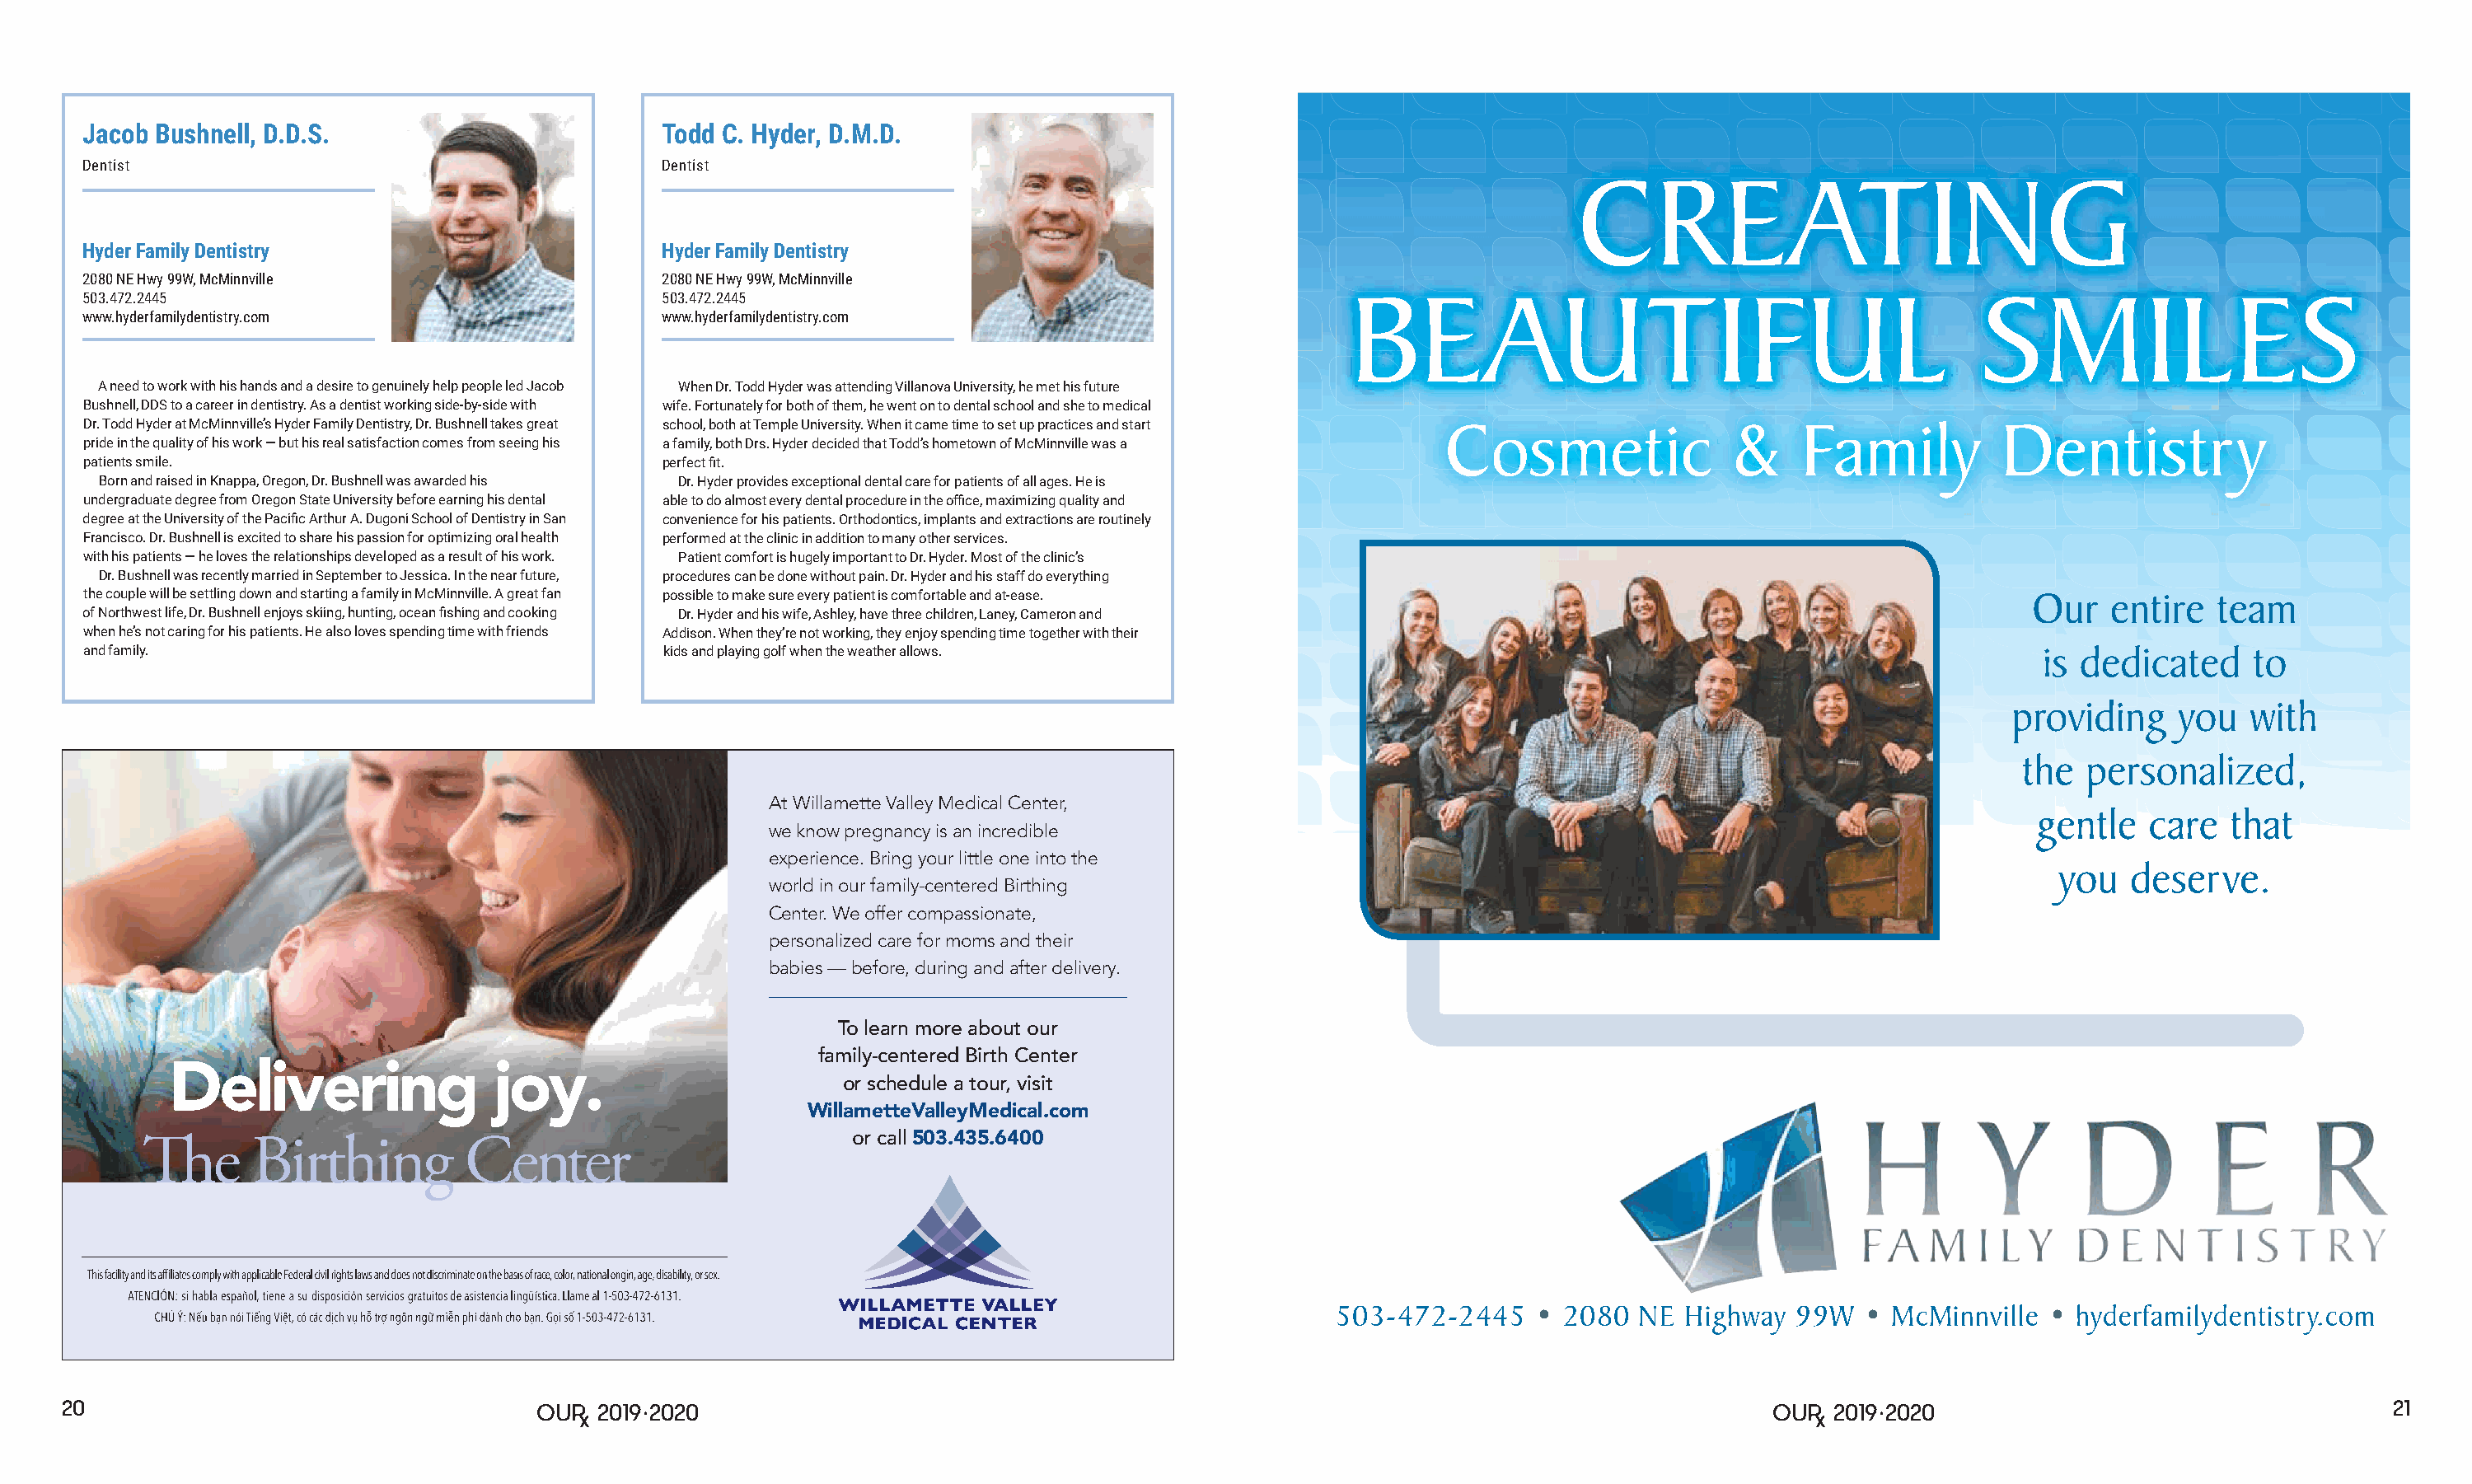
Jacob Bushnell, D.D.S.                        Todd C. Hyder, D.M.D.
 Dentist                                       Dentist
 CREATING
 Hyder Family Dentistry                        Hyder Family Dentistry
 2080 NE Hwy 99W, McMinnville                  2080 NE Hwy 99W, McMinnville
 503.472.2445                                  503.472.2445                                           BEAUTIFUL                                          SMILES
 www.hyderfamilydentistry.com                  www.hyderfamilydentistry.com
 A need to work with his hands and a desire to genuinely help people led Jacob When Dr. Todd Hyder was attending Villanova University, he met his future
 Bushnell, DDS to a career in dentistry. As a dentist working side-by-side with wife. Fortunately for both of them, he went on to dental school and she to medical
 Dr. Todd Hyder at McMinnville’s Hyder Family Dentistry, Dr. Bushnell takes great school, both at Temple University. When it came time to set up practices and start Cosmetic & Family Dentistry
 pride in the quality of his work — but his real satisfaction comes from seeing his a family, both Drs. Hyder decided that Todd’s hometown of McMinnville was a
 patients smile.                               perfect fit.
 Born and raised in Knappa, Oregon, Dr. Bushnell was awarded his Dr. Hyder provides exceptional dental care for patients of all ages. He is
 undergraduate degree from Oregon State University before earning his dental able to do almost every dental procedure in the office, maximizing quality and
 degree at the University of the Pacific Arthur A. Dugoni School of Dentistry in San convenience for his patients. Orthodontics, implants and extractions are routinely
 Francisco. Dr. Bushnell is excited to share his passion for optimizing oral health performed at the clinic in addition to many other services.
 with his patients — he loves the relationships developed as a result of his work. Patient comfort is hugely important to Dr. Hyder. Most of the clinic’s
 Dr. Bushnell was recently married in September to Jessica. In the near future, procedures can be done without pain. Dr. Hyder and his staff do everything
 the couple will be settling down and starting a family in McMinnville. A great fan possible to make sure every patient is comfortable and at-ease.          Our    entire  team
 of Northwest life, Dr. Bushnell enjoys skiing, hunting, ocean fishing and cooking Dr. Hyder and his wife, Ashley, have three children, Laney, Cameron and
 when he’s not caring for his patients. He also loves spending time with friends Addison. When they’re not working, they enjoy spending time together with their
 and family.                                   kids and playing golf when the weather allows.                                                                 is dedicated     to
 providing    you   with
 the   personalized,
 At Willamette Valley Medical Center,
 gentle   care  that
 we know pregnancy is an incredible
 experience. Bring your little one into the
 you   deserve.
 world in our family-centered Birthing
 Center. We offer compassionate,
 personalized care for moms and their
 babies — before, during and after delivery.
 To learn more about our
 family-centered Birth Center
 Delivering                joy.
 or schedule a tour, visit
 WillametteValleyMedical.com
 or call 503.435.6400
 The      Birthing         Center
 503-472-2445    •  2080  NE Highway  99W   • McMinnville  • hyderfamilydentistry.com
 20                                         2019. 2020                                                                                         2019. 2020                                   21